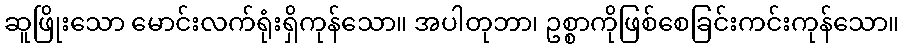
ဆူဖြိုးသော မောင်းလက်ရုံးရှိကုန်သော။ အပါတုဘာ၊ ဥစ္စာကိုဖြစ်စေခြင်းကင်းကုန်သော။